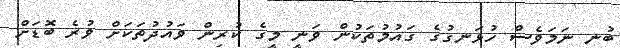
ބުނި ނަމަވެސް ހުޅަނގުގެ ގައުމުތަކުން ވަނީ މީގެ ކުރިން ވައުދުތަކަށް ވުރެ ބޮޑަށް